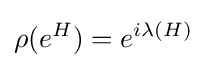
\rho (e^{H})=e^{i\lambda (H)}